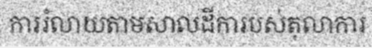
ការរំលាយតាមសាលដីការបស់តុលាការ